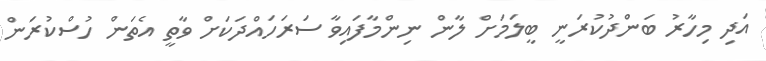
އަދި މިހާރު ބަންދުކުރަނީ ބީލަމަށް ލާން ނިންމާފައިވާ ސަރަހައްދަކަށް ވާތީ އެތަން ހުސްކުރަން